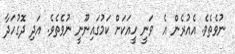
ނުވެތެވެ. އެއުރެން އެ  ވަނީ ހީއަކަށް ކަމުގައިނޫނީ ނުވެތެވެ. އަދި ދޮގުހަދާ